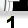
Digit: 1